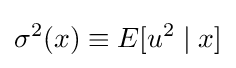
\sigma ^{2}(x)\equiv E[u^{2}\mid x]